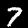
Label: 7